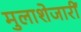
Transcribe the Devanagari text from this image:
मुलाशेजारीं